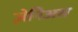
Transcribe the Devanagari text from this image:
ज़ेनिअस